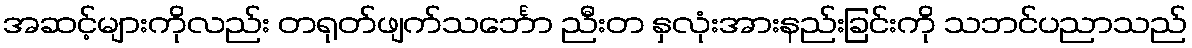
အဆင့်များကိုလည်း တရုတ်ဖျက်သင်္ဘော ညီးတ နှလုံးအားနည်းခြင်းကို သဘင်ပညာသည်